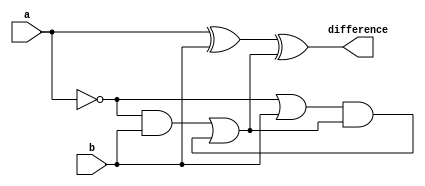
module subtractor(
    input [31:0] a,
    input [31:0] b,
    output [31:0] difference
);
    wire [31:0] borrow;
    
    assign difference = a ^ b ^ borrow;
    assign borrow = (~a & b) | ((~a | b) & borrow);
endmodule